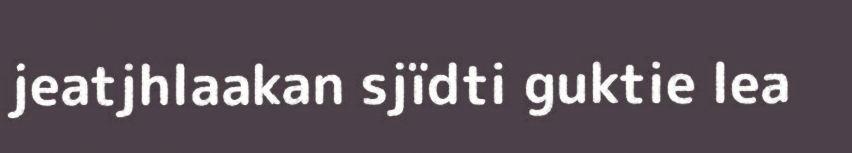
jeatjhlaakan sjïdti guktie lea